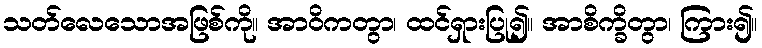
သတ်လေသောအဖြစ်ကို။ အာဝိကတွာ၊ ထင်ရှားပြု၍။ အာစိက္ခိတွာ၊ ကြား၍။